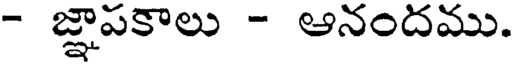
- జ్ఞాపకాలు - ఆనందము.